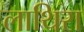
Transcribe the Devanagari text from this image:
लाथिरा